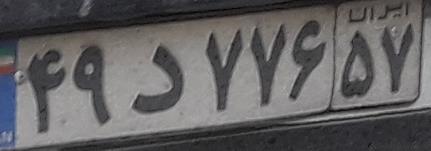
۴۹د۷۷۶۵۷